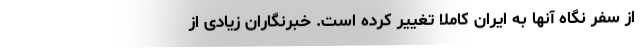
از سفر نگاه آنها به ایران کاملا تغییر کرده است. خبرنگاران زیادی از